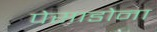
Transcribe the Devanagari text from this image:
पेसाडोना